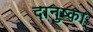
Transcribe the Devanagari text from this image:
दानुष्का